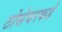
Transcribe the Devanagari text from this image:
ठोसेघरकडे